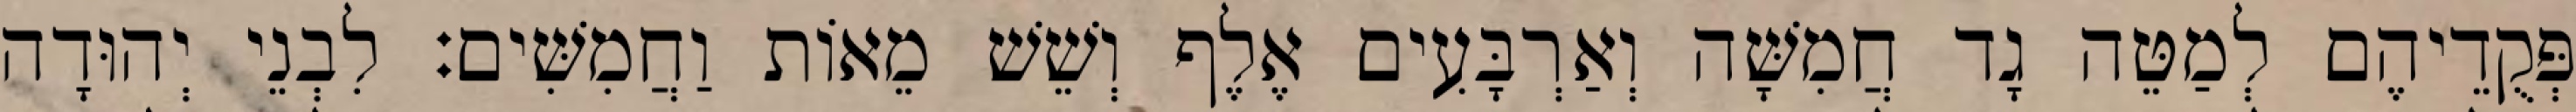
פְּקֻדֵיהֶם לְמַטֵּה גָד חֲמִשָּׁה וְאַרְבָּעִים אֶלֶף וְשֵׁשׁ מֵאוֹת וַחֲמִשִּׁים׃ לִבְנֵי יְהוּדָה